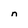
Character: n